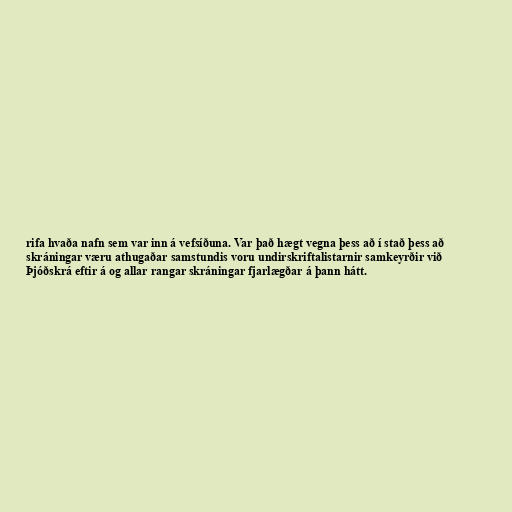
rifa hvaða nafn sem var inn á vefsíðuna. Var það hægt vegna þess að í stað þess að
skráningar væru athugaðar samstundis voru undirskriftalistarnir samkeyrðir við
Þjóðskrá eftir á og allar rangar skráningar fjarlægðar á þann hátt.